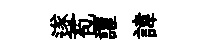
遂苞讙諱